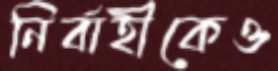
নির্বাহীকেও